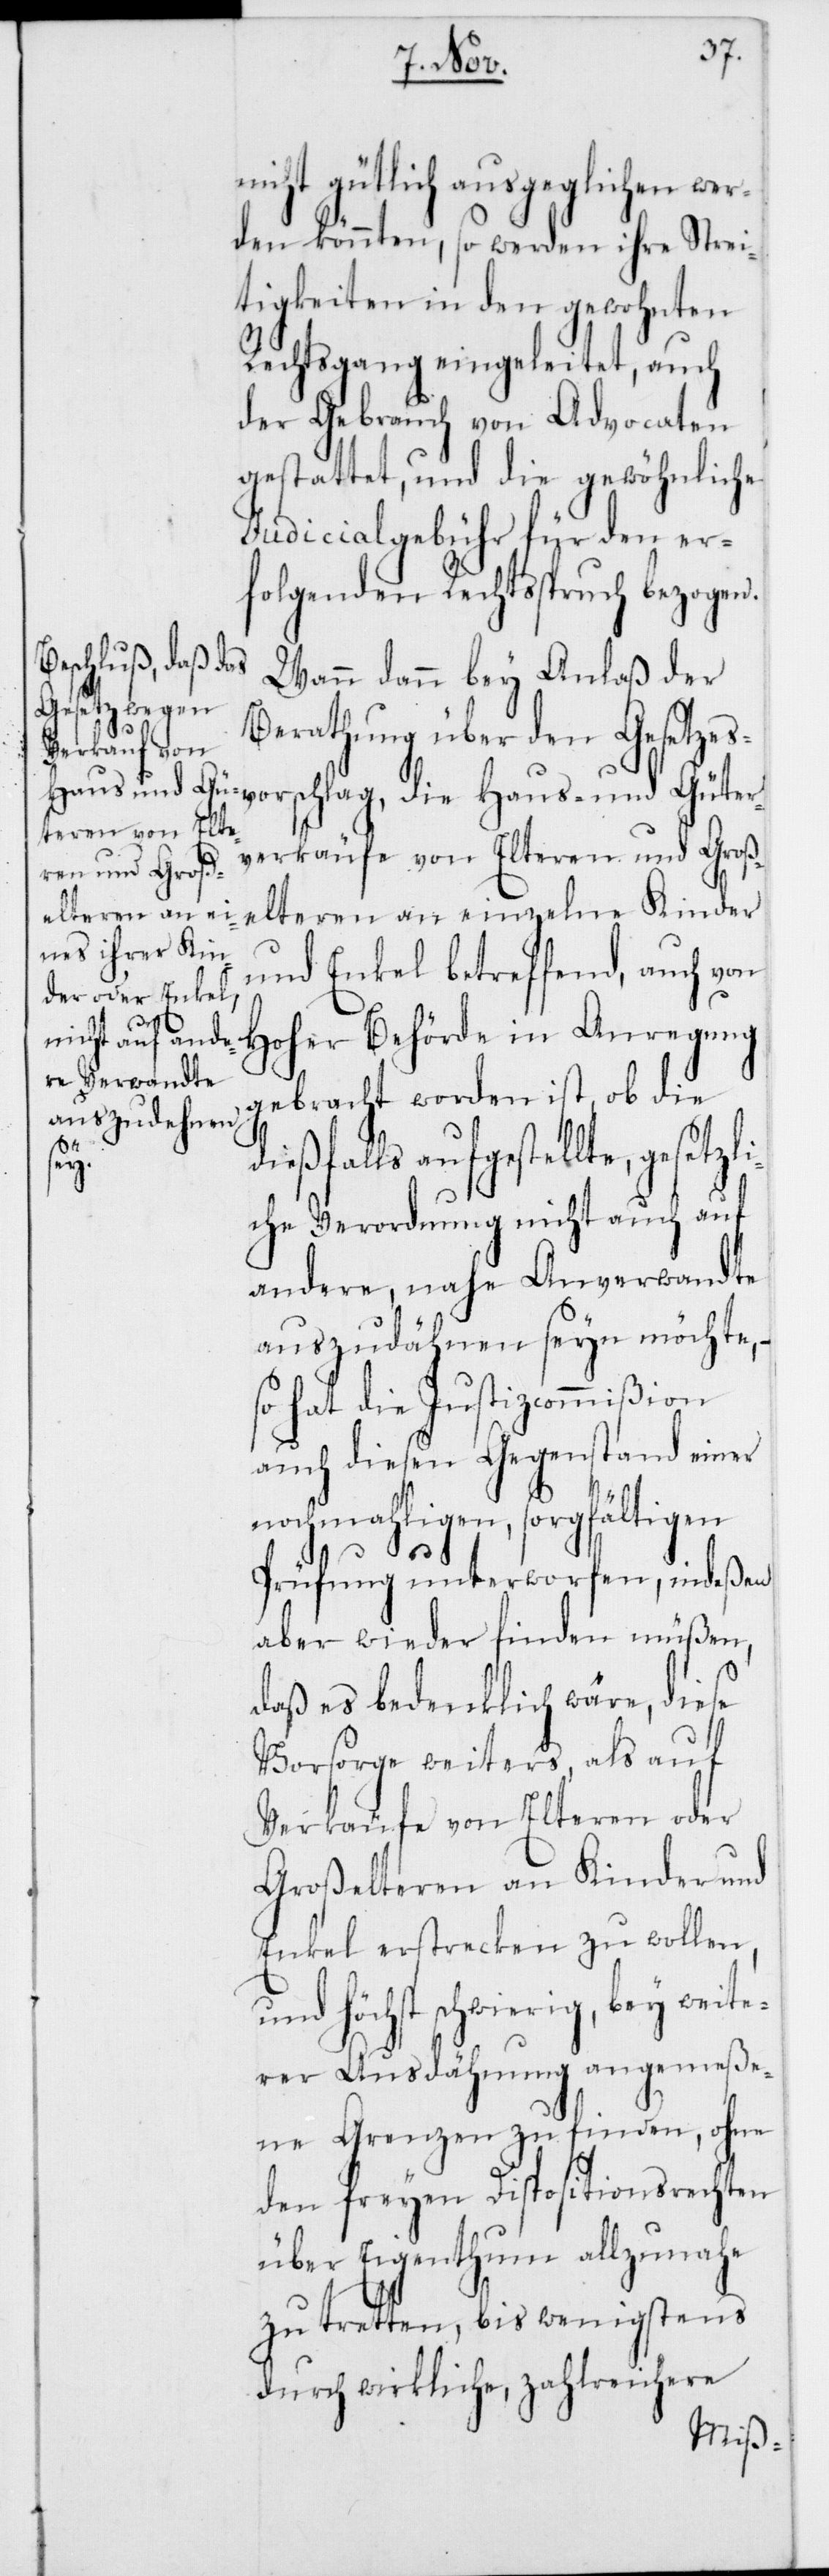
nicht gütlich ausgeglichen wer¬
den könnten, so werden ihre Strei¬
tigkeiten in den gewohnten
Rechtsgang eingeleitet, auch
der Gebrauch von Advocaten
gestattet, und die gewöhnliche
Judicialgebühr für den er¬
folgenden Rechtßpruch bezogen.
Wann dann bey Anlaß der
Berathung über den Gesetzes¬
schlag, die Haus- und Güter¬
verkäufe von Elteren und Groß¬
elteren an einzelne Kinder
und Enkel betreffend, auch von
Hoher Behörde in Anregung
gebracht worden ist, ob die
auszudähnen
dießfalls aufgestellte, gesetzli¬
seyn
che Verordnung nicht auch auf
andere, nahe Anverwandte
so hat die Justizcommißion
auch diesen Gegenstand einer
nochmahligen, sorgfältigen
Prüfung unterworfen, indeßen
aber wieder finden müßen,
daß es bedenklich wäre, diese
Vorsorge weiters, als auf
Verkäufe von Elteren oder
Großelteren an Kinder und
Enkel erstrecken zu wollen,
und höchst schwierig, bey weite¬
rer Ausdehnung angemeße¬
ne Grenzen zu finden, ohne
den freyen Dispositionsrechten
über Eigenthumm allzunahe
zu tretten, bis wenigstens
durch wirkliche, zahlreichere